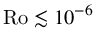
\mathrm { R o } \lesssim 1 0 ^ { - 6 }